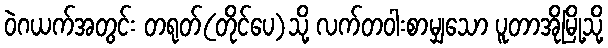
ဝဲဂယက်အတွင်း တရုတ်(တိုင်ပေ)သို့ လက်တဝါးစာမျှသော ပူတာအိုမြို့သို့